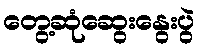
တွေ့ဆုံဆွေးနွေးပွဲ